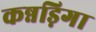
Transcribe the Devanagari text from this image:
कन्नड़िगा